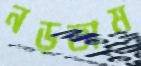
নড়তাম